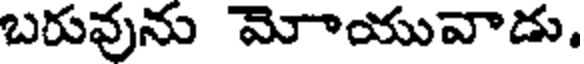
బరువును మోాయువాడు.